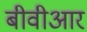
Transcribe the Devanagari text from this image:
बीवीआर